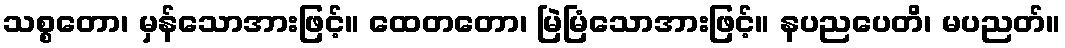
သစ္စတော၊ မှန်သောအားဖြင့်။ ထေတတော၊ မြဲမြံသောအားဖြင့်။ နပညပေတိ၊ မပညတ်။